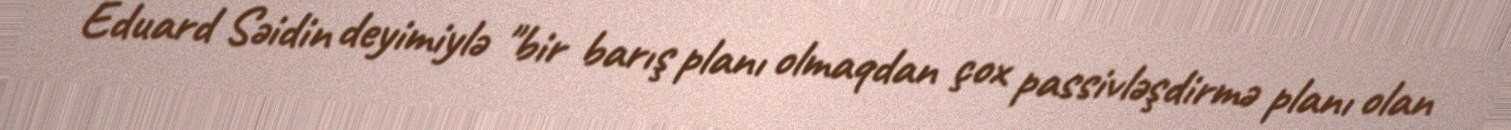
Eduard Səidin deyimiylə "bir barış planı olmaqdan çox passivləşdirmə planı olan